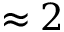
\approx 2